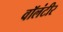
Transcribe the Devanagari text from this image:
वॉलंटीर